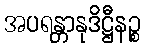
အပရန္တာနုဒိဋ္ဌီနဉ္စ